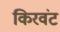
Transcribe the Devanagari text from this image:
किरवंट